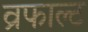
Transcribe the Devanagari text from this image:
व्रफाल्ट